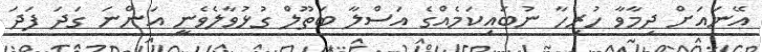
އޭނައަށް ދިމާވާ ހުރިހާ ނުބައިކަމެއްގެ އަސްލާ ބަތޫލް ގުޅުވާލެވެނީ އަންނަ ގަދަ ފަދަ